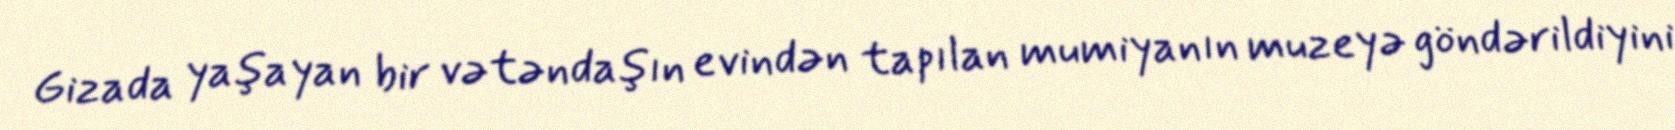
Gizada yaşayan bir vətəndaşın evindən tapılan mumiyanın muzeyə göndərildiyini